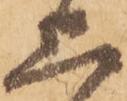
上